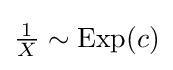
{\tfrac {1}{X}}\sim {\textrm {Exp}}(c)